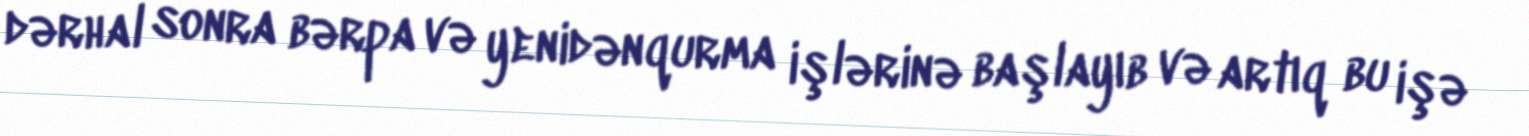
dərhal sonra bərpa və yenidənqurma işlərinə başlayıb və artıq bu işə